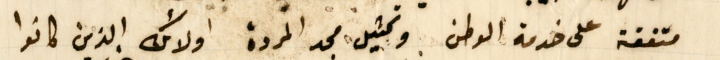
متفقة على خدمة الوطن وتمثيل مجد المردة  اولائك الذين كانوا